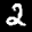
Label: 2